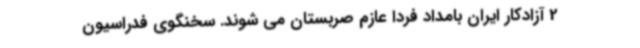
2 آزادکار ایران بامداد فردا عازم صربستان می شوند. سخنگوی فدراسیون